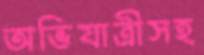
অভিযাত্রীসহ